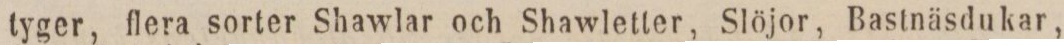
tyger, flera sorter Shawlar och Shawletter, Slöjor, Bastnäsdukar,